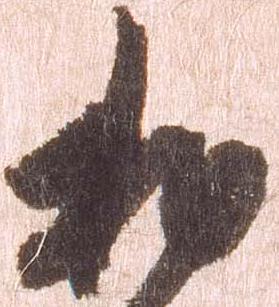
相